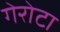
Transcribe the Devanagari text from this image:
गेरोटा